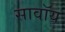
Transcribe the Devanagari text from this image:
सावॉय